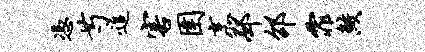
凭芍追害圉烹邳邵霏鲛